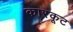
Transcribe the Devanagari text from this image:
कारकूट